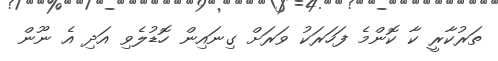
ތަރުކާރީ ކާ ކޮންމެ ފަހަރަކު ވަރަށް ގިނައިން ހޮޑުލެވި އަދި އެ ނޫން